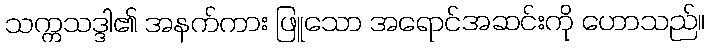
သက္ကသဒ္ဒါ၏ အနက်ကား ဖြူသော အရောင်အဆင်းကို ဟောသည်။